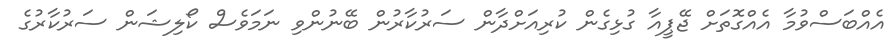
އެއްބަސްވުމާ އެއްގޮތަށް ޖޭޕީއާ ގުޅިގެން ކުރިއަށްދާން ސަރުކާރުން ބޭނުންވި ނަމަވެސް ކޯލިޝަން ސަރުކާރުގެ